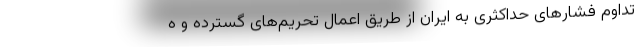
تداوم فشارهای حداکثری به ایران از طریق اعمال تحریم‌های گسترده و ه